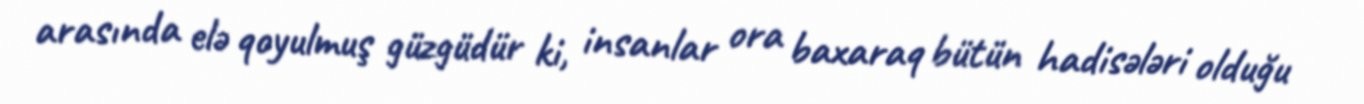
arasında elə qoyulmuş güzgüdür ki, insanlar ora baxaraq bütün hadisələri olduğu